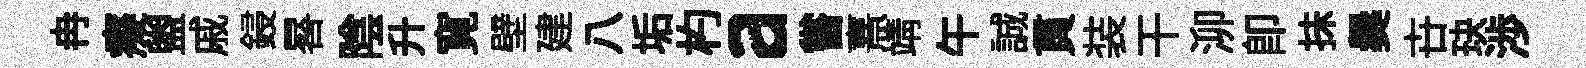
冉癡盥戚鋟晷陰升寛壁建八垢杓a嘗熹靖午誠貫装干泖即抺爨卋玦渉